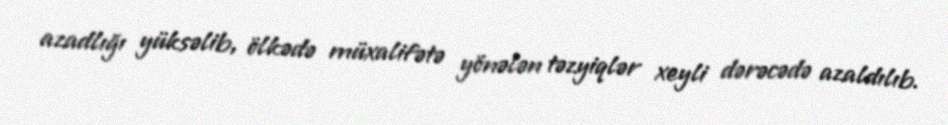
azadlığı yüksəlib, ölkədə müxalifətə yönələn təzyiqlər xeyli dərəcədə azaldılıb.